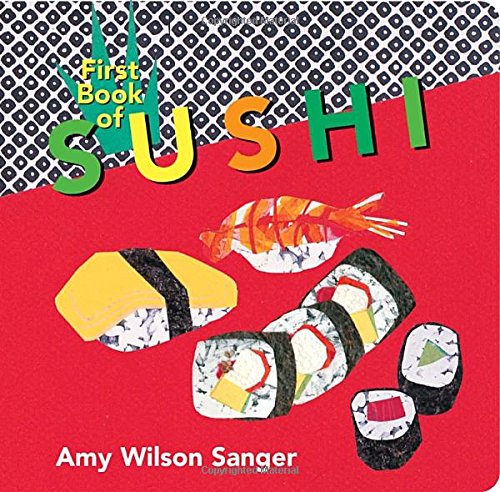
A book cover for First Book of Sushi (World Snacks); Amy Wilson Sanger; Children's Books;